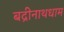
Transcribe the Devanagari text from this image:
बद्रीनाथधाम